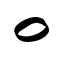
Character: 〇